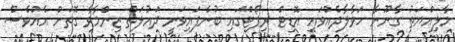
މާލިއްޔަތު ގާނޫނާ ހަވާލާދެއްވައި އޮޑިޓް ރިޕޯޓްގައި ބުނެފައިވަނީ ދައުލަތް ޒިންމާވާ ގޮތަށް އެއްވެސް